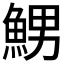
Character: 𲌷